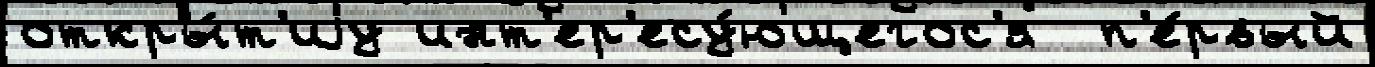
откры́т'иjу инт'ер'есу́ющегос'я  п'е́рвый